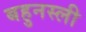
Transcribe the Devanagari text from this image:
बहुनस्ली